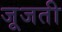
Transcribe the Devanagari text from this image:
जूजती